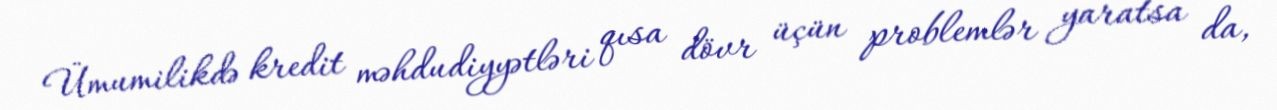
Ümumilikdə kredit məhdudiyyətləri qısa dövr üçün problemlər yaratsa da,